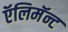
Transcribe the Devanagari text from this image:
ऍलिमॅन्ट